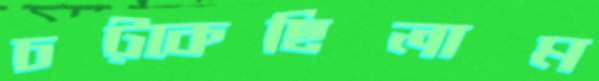
চট্‌কেছিলাম